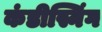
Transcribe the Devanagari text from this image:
कंडीस्निंग